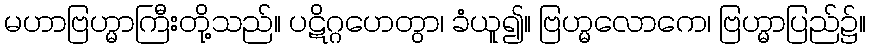
မဟာဗြဟ္မာကြီးတို့သည်။ ပဋိဂ္ဂဟေတွာ၊ ခံယူ၍။ ဗြဟ္မလောကေ၊ ဗြဟ္မာပြည်၌။